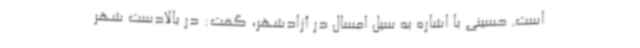
است. حسینی با اشاره به سیل امسال در آزادشهر، گفت: در بالادست شهر